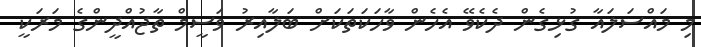
މި މައްސަލައާ ގުޅިގެން ދެކެވޭ އެހެން ވާހަކަތަކަށް ބަލާއިރު ވަސީމް ތާޖުއްދީންގެ މަރަކީ